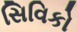
સિવિકો